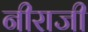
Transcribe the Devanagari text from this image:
नीराजी